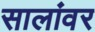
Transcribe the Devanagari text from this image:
सालांवर